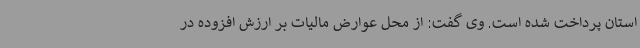
استان پرداخت شده است. وی گفت: از محل عوارض مالیات بر ارزش افزوده در